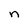
Character: n